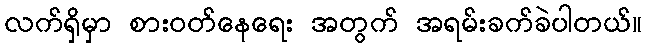
လက်ရှိမှာ စားဝတ်နေရေး အတွက် အရမ်းခက်ခဲပါတယ်။